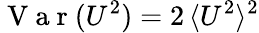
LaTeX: \mathrm{~V~a~r~}(U^{2})=2\, \langle U^{2}\rangle^{2}